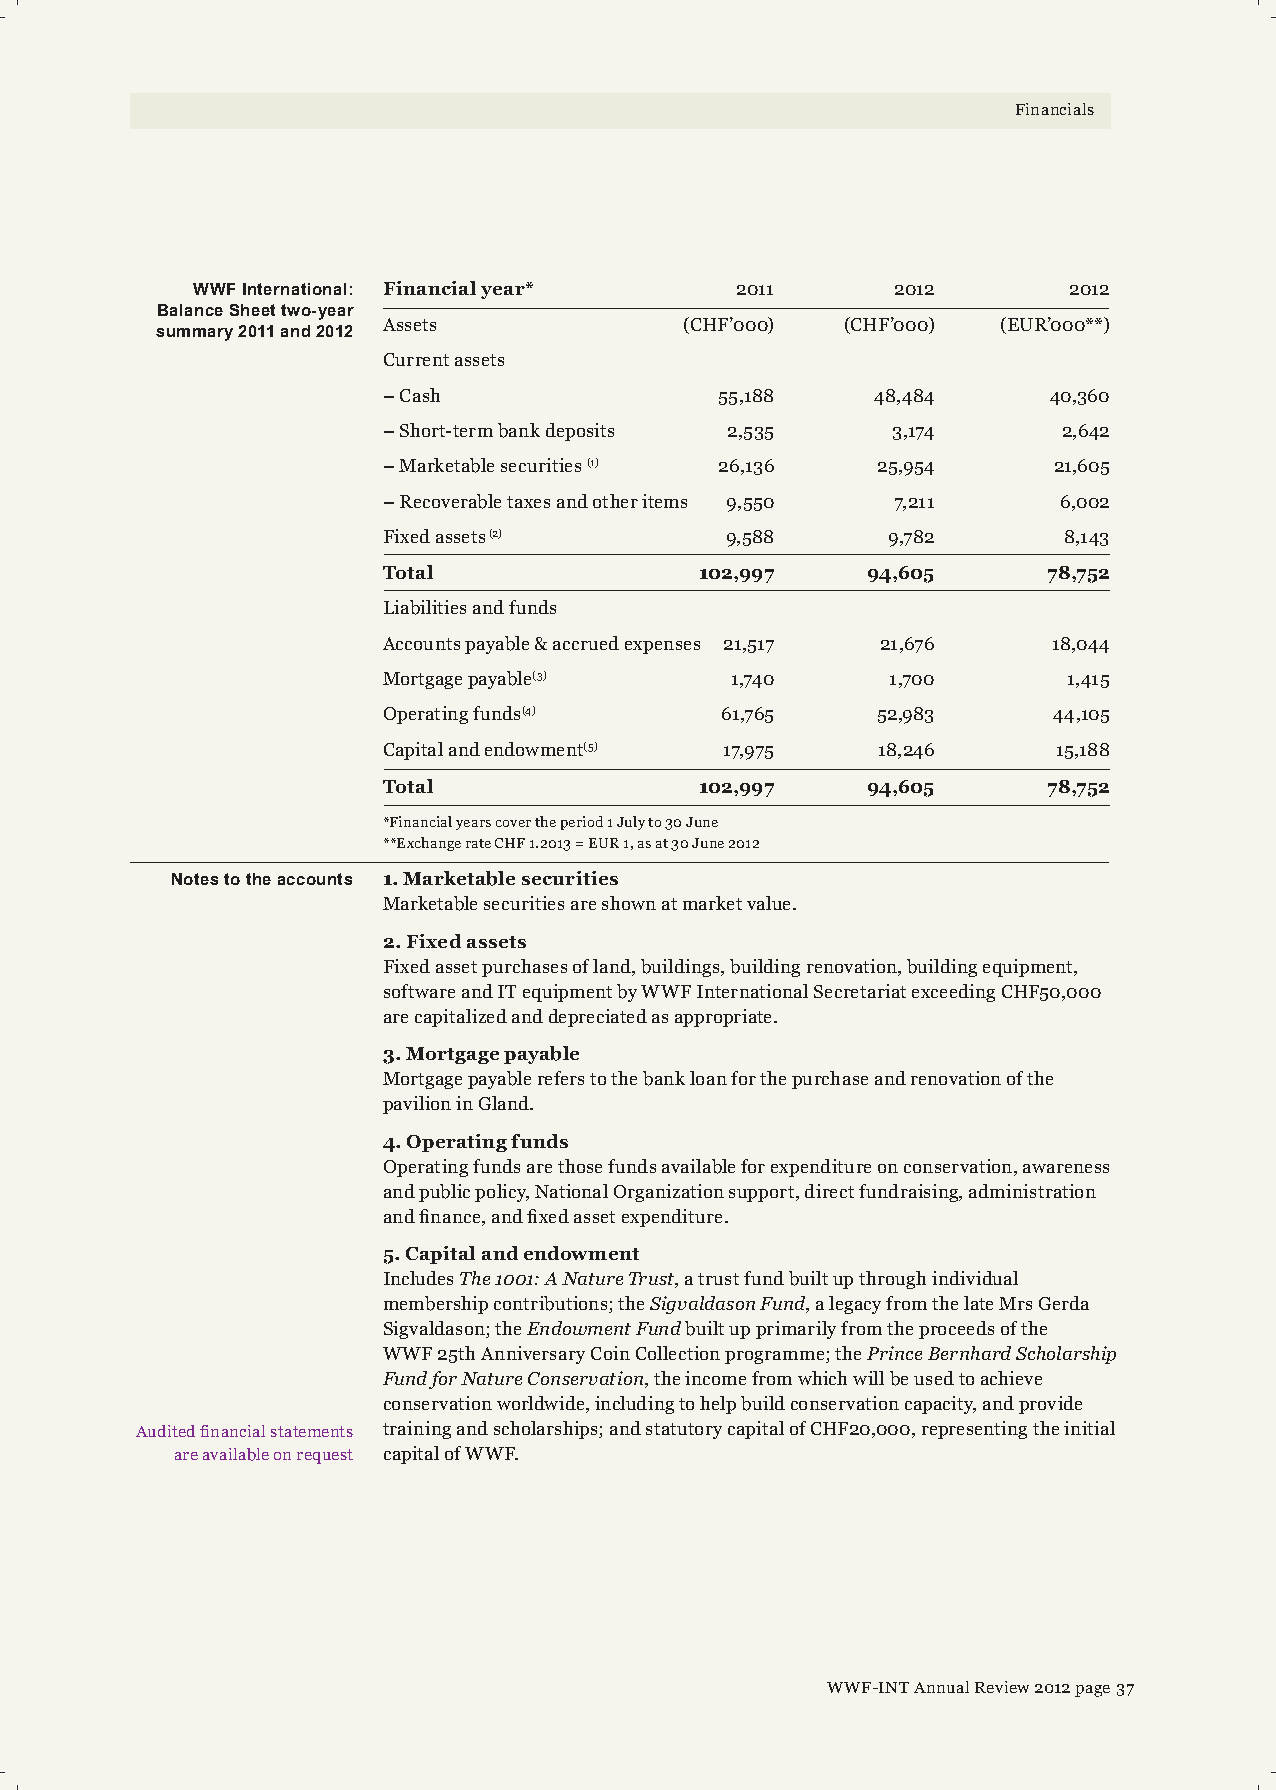
Financials
 WWFInternational: Financialyear*    2011      2012        2012
 BalanceSheettwo-year
 Assets              (CHF’000)  (CHF’000) (EUR’000**)
 summary2011and2012
 Currentassets
 –Cash                  55,188    48,484     40,360
 –Short-termbankdeposits 2,535     3,174      2,642
 –Marketablesecurities(1) 26,136  25,954      21,605
 –Recoverabletaxesandotheritems 9,550 7,211   6,002
 Fixedassets(2)         9,588      9,782      8,143
 Total                102,997    94,605      78,752
 Liabilitiesandfunds
 Accountspayable&accruedexpenses 21,517 21,676 18,044
 Mortgagepayable(3)     1,740      1,700       1,415
 Operatingfunds(4)      61,765    52,983      44,105
 Capitalandendowment(5) 17,975    18,246      15,188
 Total                102,997    94,605      78,752
 *Financialyearscovertheperiod1Julyto30June
 **ExchangerateCHF1.2013=EUR1,asat30June2012
 Notestotheaccounts 1.Marketablesecurities
 Marketablesecuritiesareshownatmarketvalue.
 2.Fixedassets
 Fixedassetpurchasesofland,buildings,buildingrenovation,buildingequipment,
 softwareandITequipmentbyWWFInternationalSecretariatexceedingCHF50,000
 arecapitalizedanddepreciatedasappropriate.
 3.Mortgagepayable
 Mortgagepayablereferstothebankloanforthepurchaseandrenovationofthe
 pavilioninGland.
 4.Operatingfunds
 Operatingfundsarethosefundsavailableforexpenditureonconservation,awareness
 andpublicpolicy,NationalOrganizationsupport,directfundraising,administration
 andfinance,andfixedassetexpenditure.
 5.Capitalandendowment
 IncludesThe1001:ANatureTrust,atrustfundbuiltupthroughindividual
 membershipcontributions;theSigvaldasonFund,alegacyfromthelateMrsGerda
 Sigvaldason;theEndowmentFundbuiltupprimarilyfromtheproceedsofthe
 WWF25thAnniversaryCoinCollectionprogramme;thePrinceBernhardScholarship
 FundforNatureConservation,theincomefromwhichwillbeusedtoachieve
 conservationworldwide,includingtohelpbuildconservationcapacity,andprovide
 Auditedfinancialstatements trainingandscholarships;andstatutorycapitalofCHF20,000,representingtheinitial
 areavailableonrequest capitalofWWF.
 WWF-INTAnnualReview2012page37